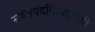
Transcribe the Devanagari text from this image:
सर्वज्ञपदमित्याहुर्देही